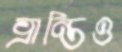
ভ্রান্তিও